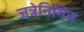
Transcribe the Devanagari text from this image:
जत्रेनिमित्त